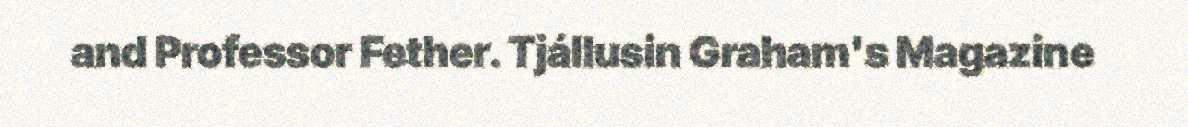
and Professor Fether. Tjállusin Graham's Magazine